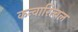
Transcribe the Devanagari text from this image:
कन्वारित्बल